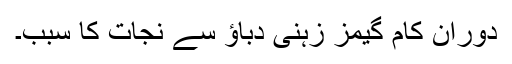
دورانِ کام گیمز زہنی دباؤ سے نجات کا سبب۔